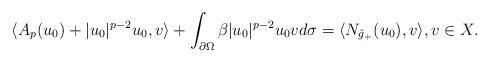
LaTeX: \begin{align*}\langle A_p(u_0)+|u_0|^{p-2}u_0,v\rangle+\int_{\partial\Omega}\beta|u_0|^{p-2}u_0v d\sigma=\langle N_{\hat g_+}(u_0),v\rangle,v\in X.\end{align*}